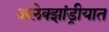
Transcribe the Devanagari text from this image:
अलेक्झांड्रीयात